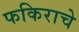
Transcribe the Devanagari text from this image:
फकिराचे